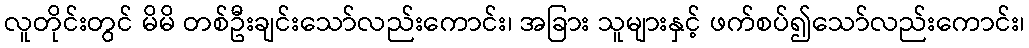
လူတိုင်းတွင် မိမိ တစ်ဦးချင်းသော်လည်းကောင်း၊ အခြား သူများနှင့် ဖက်စပ်၍သော်လည်းကောင်း၊